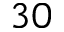
3 0